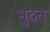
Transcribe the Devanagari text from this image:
भुदत